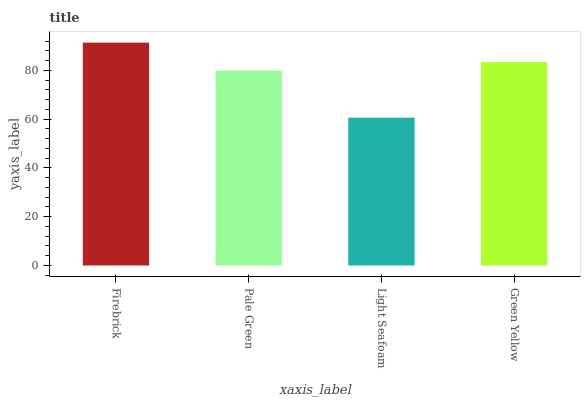
| xaxis_label | bars |
 | --- | --- |
 | Firebrick | 91.4 |
 | Pale Green | 79.9 |
 | Light Seafoam | 60.6 |
 | Green Yellow | 83.4 |